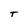
Character: T